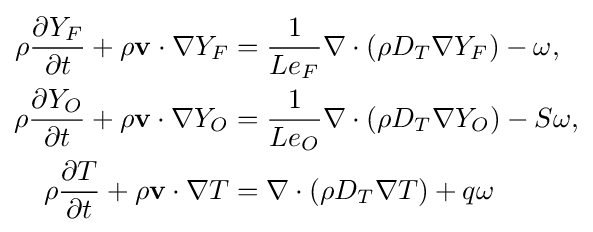
{\begin{aligned}\rho {\frac {\partial Y_{F}}{\partial t}}+\rho \mathbf {v} \cdot \nabla Y_{F}&={\frac {1}{Le_{F}}}\nabla \cdot (\rho D_{T}\nabla Y_{F})-\omega ,\\\rho {\frac {\partial Y_{O}}{\partial t}}+\rho \mathbf {v} \cdot \nabla Y_{O}&={\frac {1}{Le_{O}}}\nabla \cdot (\rho D_{T}\nabla Y_{O})-S\omega ,\\\rho {\frac {\partial T}{\partial t}}+\rho \mathbf {v} \cdot \nabla T&=\nabla \cdot (\rho D_{T}\nabla T)+q\omega \end{aligned}}